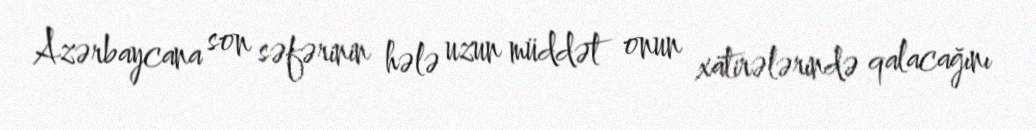
Azərbaycana son səfərinin hələ uzun müddət onun xatirələrində qalacağını